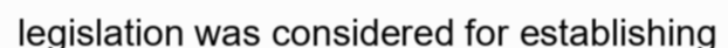
legislation was considered for establishing